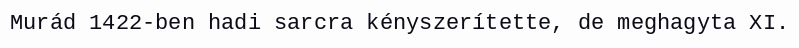
Murád 1422-ben hadi sarcra kényszerítette, de meghagyta XI.